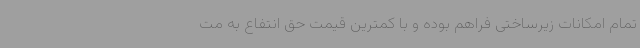
تمام امکانات زیرساختی فراهم بوده و با کمترین قیمت حق انتفاع به مت